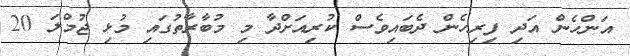
އަންހެން އަދި ފިރިހެން ދެބައިވެސް ކުރިއަށްދާ މި މުބާރާތުގައި މުޅި ޖުމްލަ 20